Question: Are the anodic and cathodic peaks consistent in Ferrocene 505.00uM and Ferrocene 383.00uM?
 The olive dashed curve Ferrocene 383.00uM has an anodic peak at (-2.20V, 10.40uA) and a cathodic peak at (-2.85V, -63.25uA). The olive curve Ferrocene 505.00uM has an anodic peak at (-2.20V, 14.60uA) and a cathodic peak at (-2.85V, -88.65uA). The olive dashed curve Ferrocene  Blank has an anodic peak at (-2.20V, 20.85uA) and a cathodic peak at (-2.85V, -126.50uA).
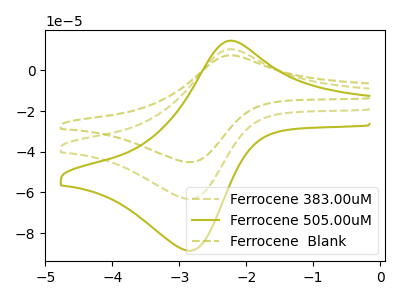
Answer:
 <answer>Yes, "Ferrocene 505.00uM" have a peak in "Ferrocene 383.00uM" at the same potential.</answer>
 <eval>match</eval>